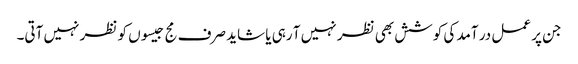
جن پر عمل در آمد کی کوشش بھی نظر نہیں آ رہی یا شاید صرف مج جیسوں کو نظر نہیں آتی۔